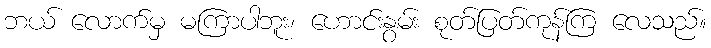
ဘယ် လောက်မှ မကြာပါဘူး၊ ဟောင်းနွမ်း စုတ်ပြတ်ကုန်ကြ လေသည်။